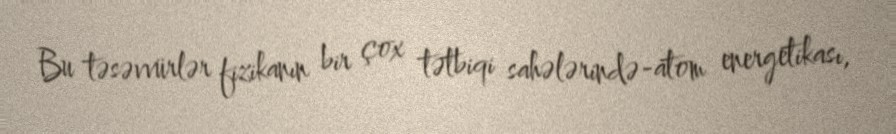
Bu təsəvvürlər fizikanın bir çox tətbiqi sahələrində-atom energetikası,